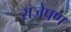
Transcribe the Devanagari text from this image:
राजेपण